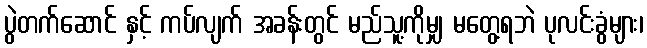
ပွဲတက်ဆောင် နှင့် ကပ်လျက် အခန်းတွင် မည်သူ့ကိုမျှ မတွေ့ရဘဲ ပုလင်းခွံများ၊